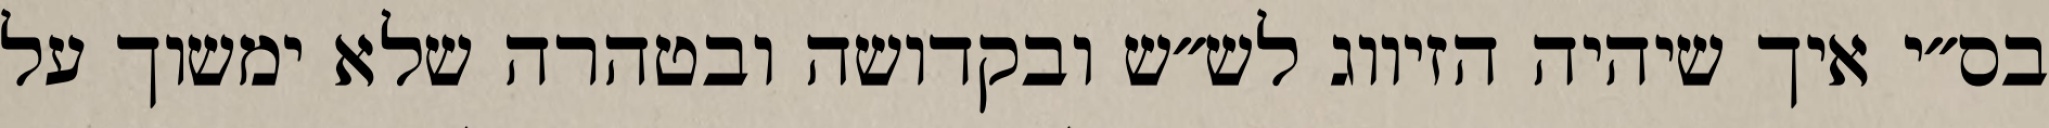
בס״י איך שיהיה הזיווג לש״ש ובקדושה ובטהרה שלא ימשוך על